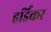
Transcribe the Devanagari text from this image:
हर्डिकर